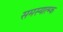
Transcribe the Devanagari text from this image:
समस्यात्म्क